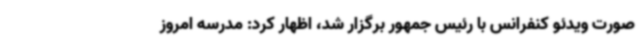
صورت ویدئو کنفرانس با رئیس جمهور برگزار شد، اظهار کرد: مدرسه امروز